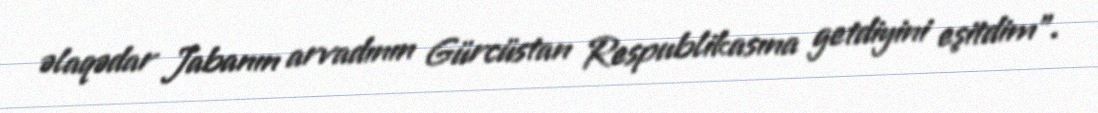
əlaqədar Jabanın arvadının Gürcüstan Respublikasına getdiyini eşitdim”.